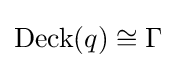
\operatorname {Deck} (q)\cong \Gamma